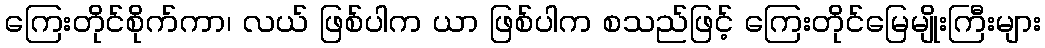
ကြေးတိုင်စိုက်ကာ၊ လယ် ဖြစ်ပါက ယာ ဖြစ်ပါက စသည်ဖြင့် ကြေးတိုင်မြေမျိုးကြီးများ